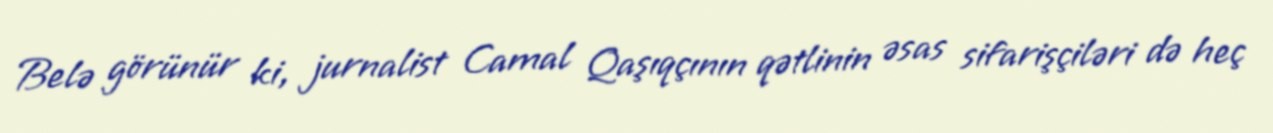
Belə görünür ki, jurnalist Camal Qaşıqçının qətlinin əsas sifarişçiləri də heç